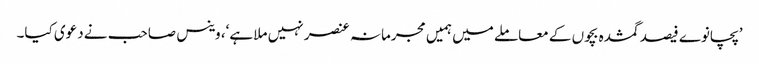
’پچانوے فیصد گمشدہ بچوں کے معاملے میں ہمیں مجرمانہ عنصر نہیں ملا ہے‘، وینس صاحب نے دعوی کیا۔